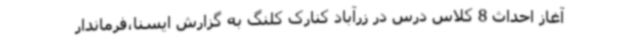
آغاز احداث 8 کلاس درس در زرآباد کنارک کلنگ به گزارش ایسنا،فرماندار